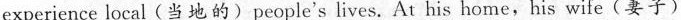
experience local(当地的)people's lives. At his home,his wife(妻子)